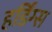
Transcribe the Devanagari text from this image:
हर्डिंग्स